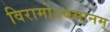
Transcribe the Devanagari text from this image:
विरामोऽवसानम्